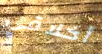
أخلاقي